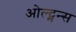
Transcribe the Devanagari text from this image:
ओल्ट्मन्स